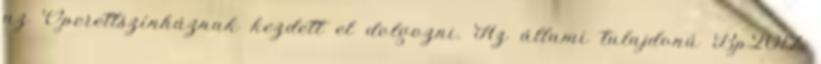
az Operettszínháznak kezdett el dolgozni. Az állami tulajdonú Bp2017